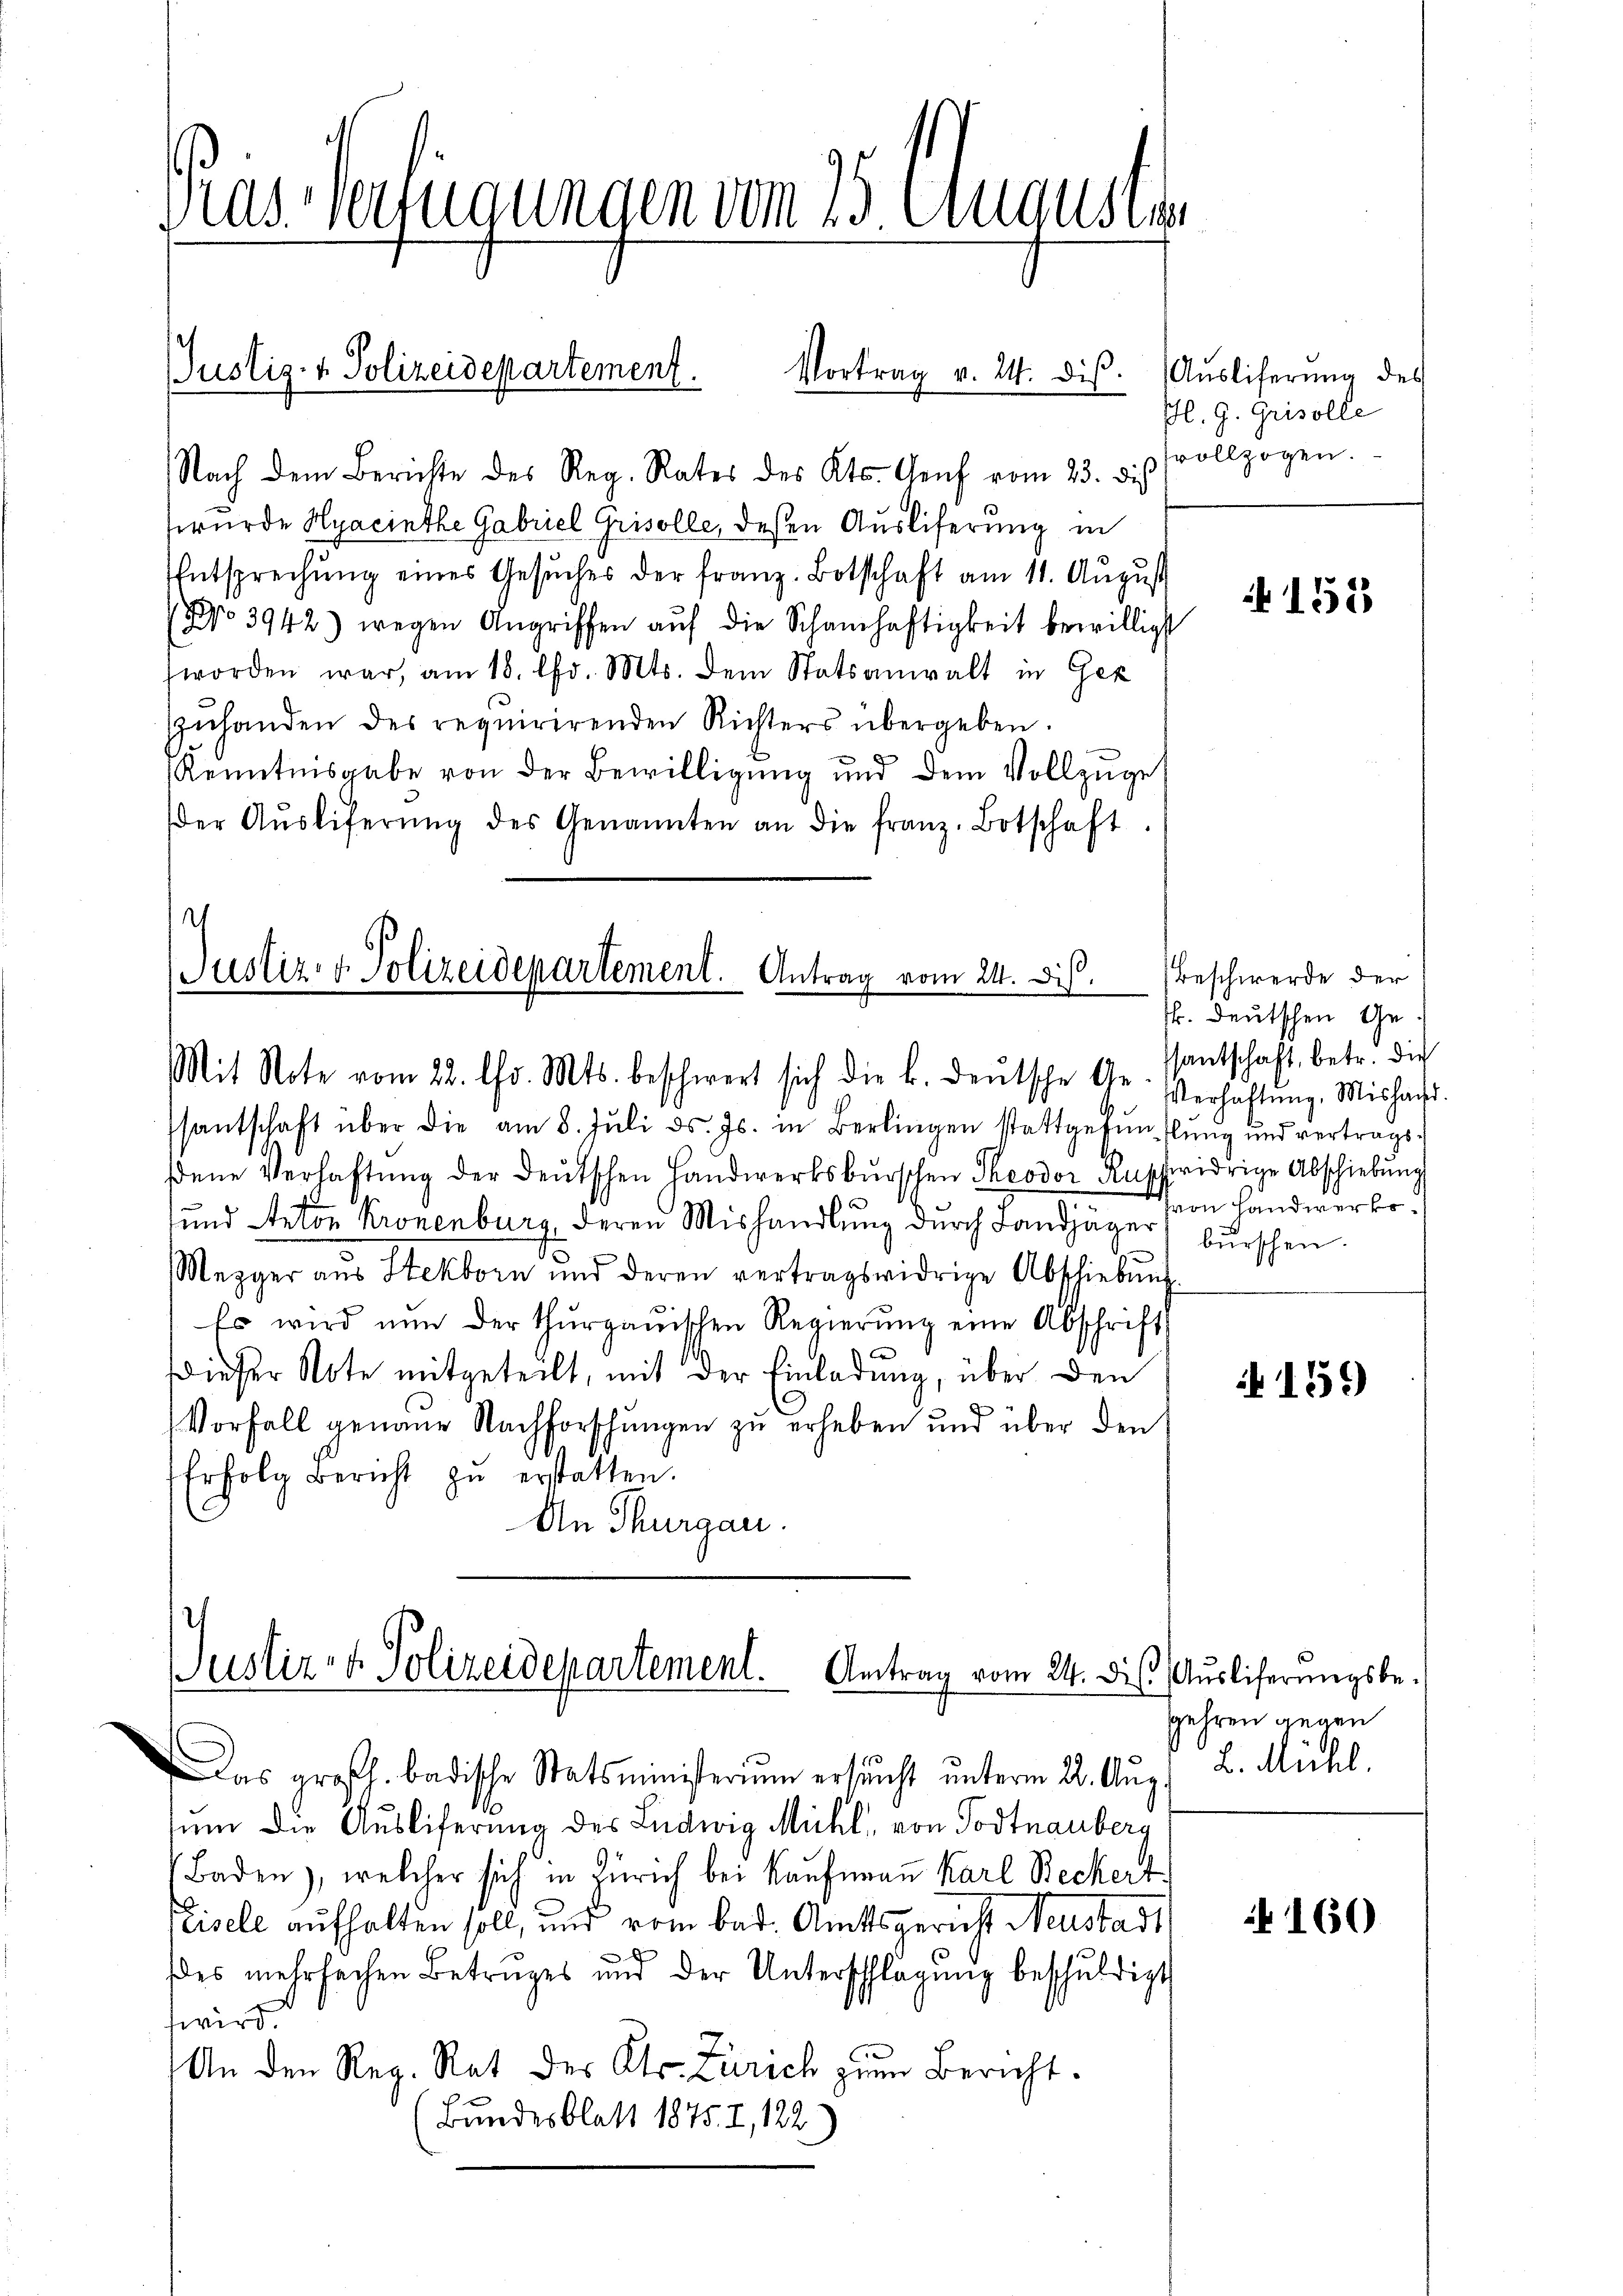
Gras Verfügungen vom 23. Augustim

Nach dem Berichte des Reg. Rates des Kts. Genf vom 23. dies
wurde Hyacinthe Gabriel Grisolle, deßen Auslieferung in
Entsprechung eines Gesŭches der franz. Botschaft am 11. August
NNo. 3942) wegen Angriffen aŭf die Schamhaftigkeit bewilligst
worden war, am 18. Chr. Mts. dem Statsanwalt in Gez
zŭhanden des requirirenden Richters übergeben.
Kenntnisgabe von der Bewilligung und dem Vollzuge
der Aŭsliferŭng des Genannten an die franz. Botschaft

JJustiz- & Polizeidepartement.
Vortrag v. 24. ds. Auslieferŭng des

Justiz- & Polizeidepartement. Antrag vom 24. Dis
Mit Note vom 22. Chr. Mts. beschwert sich die k. deŭtsche Ge- Verhaltŭng. Mishaft.

santschaft über die am 8. Jŭli d. Js. in Berlingen stattgefŭnflŭng und vertrags-
ene Verhaftŭng der Deutschen Handwerksburschen Theodor Ruschwidrige Abschiebung

und Anton Kronenburg, deren Mishandlung durch Landjäger
Mezger aŭs Stekborn und deren vertragswidrige Abschiebŭng
Es wird nun der thurgauischen Regierŭng eine Abschrift
dieser Note mitgeteilt, mit der Einladung, über den
Vorfall genaue Nachforschungen zu erheben und über den
Erfolg Bericht zŭ erstatten.
An Thurgau.

Justiz- & Polizeidepartement. Antrag vom 24. die Auslieferungsbe¬

Das großh. badische Statsministerium ersucht unterm 22. Aug.
sum die Ausliferung des Ludwig Michl, von Todtnauberg
Baden), welcher sich in Zürich bei Kaufmann Karl Beckert
Peisele aufhalten soll, und vom bad. Amtsgericht Neustadt
.
des mehrfachen Betruges und der Unterschlagung beschŭldigt
wird.
An den Reg. Rat des Kts. Zürich zum Bericht.
Bundesblatt 1875. I, 122

Gl. G. Grisolle
vollzogen.

153

Beschwerde der
k. deutschen Gessantschaft, betr. die
von Handwerko
burschen.

i 159

gehren gegen
L. Michl.

N 160